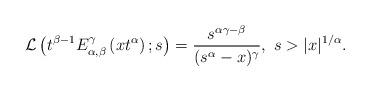
LaTeX: \begin{align*}\mathcal{L}\left(t^{\beta-1}E^{\gamma}_{\alpha,\beta}\left(xt^{\alpha}\right);s\right)=\frac{s^{\alpha\gamma-\beta}}{(s^{\alpha}-x)^{\gamma}},\ s>|x|^{1/\alpha}.\end{align*}